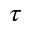
\tau